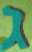
ג